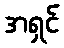
အရှင်